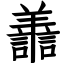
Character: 譱